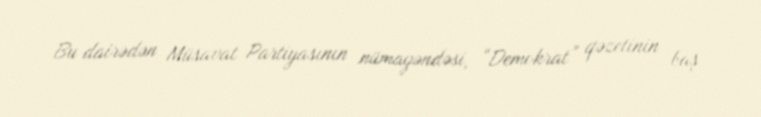
Bu dairədən Müsavat Partiyasının nümayəndəsi, “Demokrat” qəzetinin baş